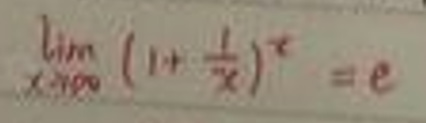
\[
\lim_{x \to \infty} \left(1 + \frac{1}{x}\right)^x = e
\]